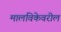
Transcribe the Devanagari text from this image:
मालविकेवरील